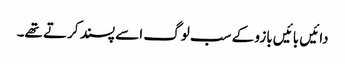
دائیں بائیں بازو کے سب لوگ اسے پسند کرتے تھے۔